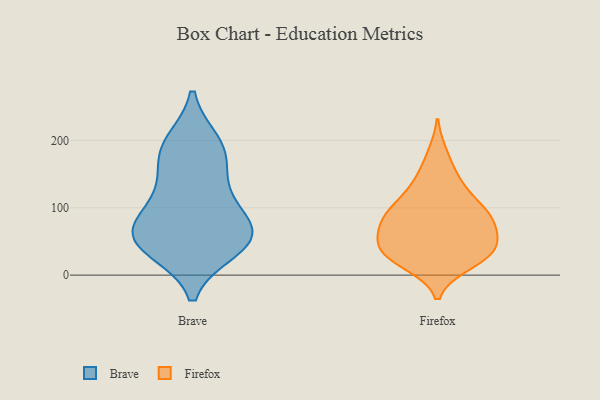
{"axis": {"x": "Operating Costs (USD K)", "y": "Value"}, "legend": ["Brave", "Firefox"], "data": [{"x": "", "y": 58, "type": "Brave"}, {"x": "", "y": 69, "type": "Brave"}, {"x": "", "y": 181, "type": "Brave"}, {"x": "", "y": 40, "type": "Brave"}, {"x": "", "y": 60, "type": "Brave"}, {"x": "", "y": 48, "type": "Brave"}, {"x": "", "y": 61, "type": "Brave"}, {"x": "", "y": 195, "type": "Brave"}, {"x": "", "y": 114, "type": "Brave"}, {"x": "", "y": 181, "type": "Brave"}, {"x": "", "y": 124, "type": "Brave"}, {"x": "", "y": 146, "type": "Firefox"}, {"x": "", "y": 135, "type": "Firefox"}, {"x": "", "y": 55, "type": "Firefox"}, {"x": "", "y": 95, "type": "Firefox"}, {"x": "", "y": 38, "type": "Firefox"}, {"x": "", "y": 53, "type": "Firefox"}, {"x": "", "y": 24, "type": "Firefox"}, {"x": "", "y": 88, "type": "Firefox"}, {"x": "", "y": 116, "type": "Firefox"}, {"x": "", "y": 22, "type": "Firefox"}, {"x": "", "y": 100, "type": "Firefox"}, {"x": "", "y": 44, "type": "Firefox"}, {"x": "", "y": 16, "type": "Firefox"}, {"x": "", "y": 28, "type": "Firefox"}, {"x": "", "y": 180, "type": "Firefox"}, {"x": "", "y": 80, "type": "Firefox"}, {"x": "", "y": 79, "type": "Firefox"}, {"x": "", "y": 50, "type": "Firefox"}, {"x": "", "y": 83, "type": "Firefox"}]}